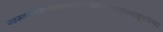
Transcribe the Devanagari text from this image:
सहस्रनामगीताभागवतभारतरामायणेशावास्याद्युपनिषद